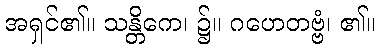
အရှင်၏။ သန္တိကေ၊ ၌။ ဂဟေတဗ္ဗံ၊ ၏။